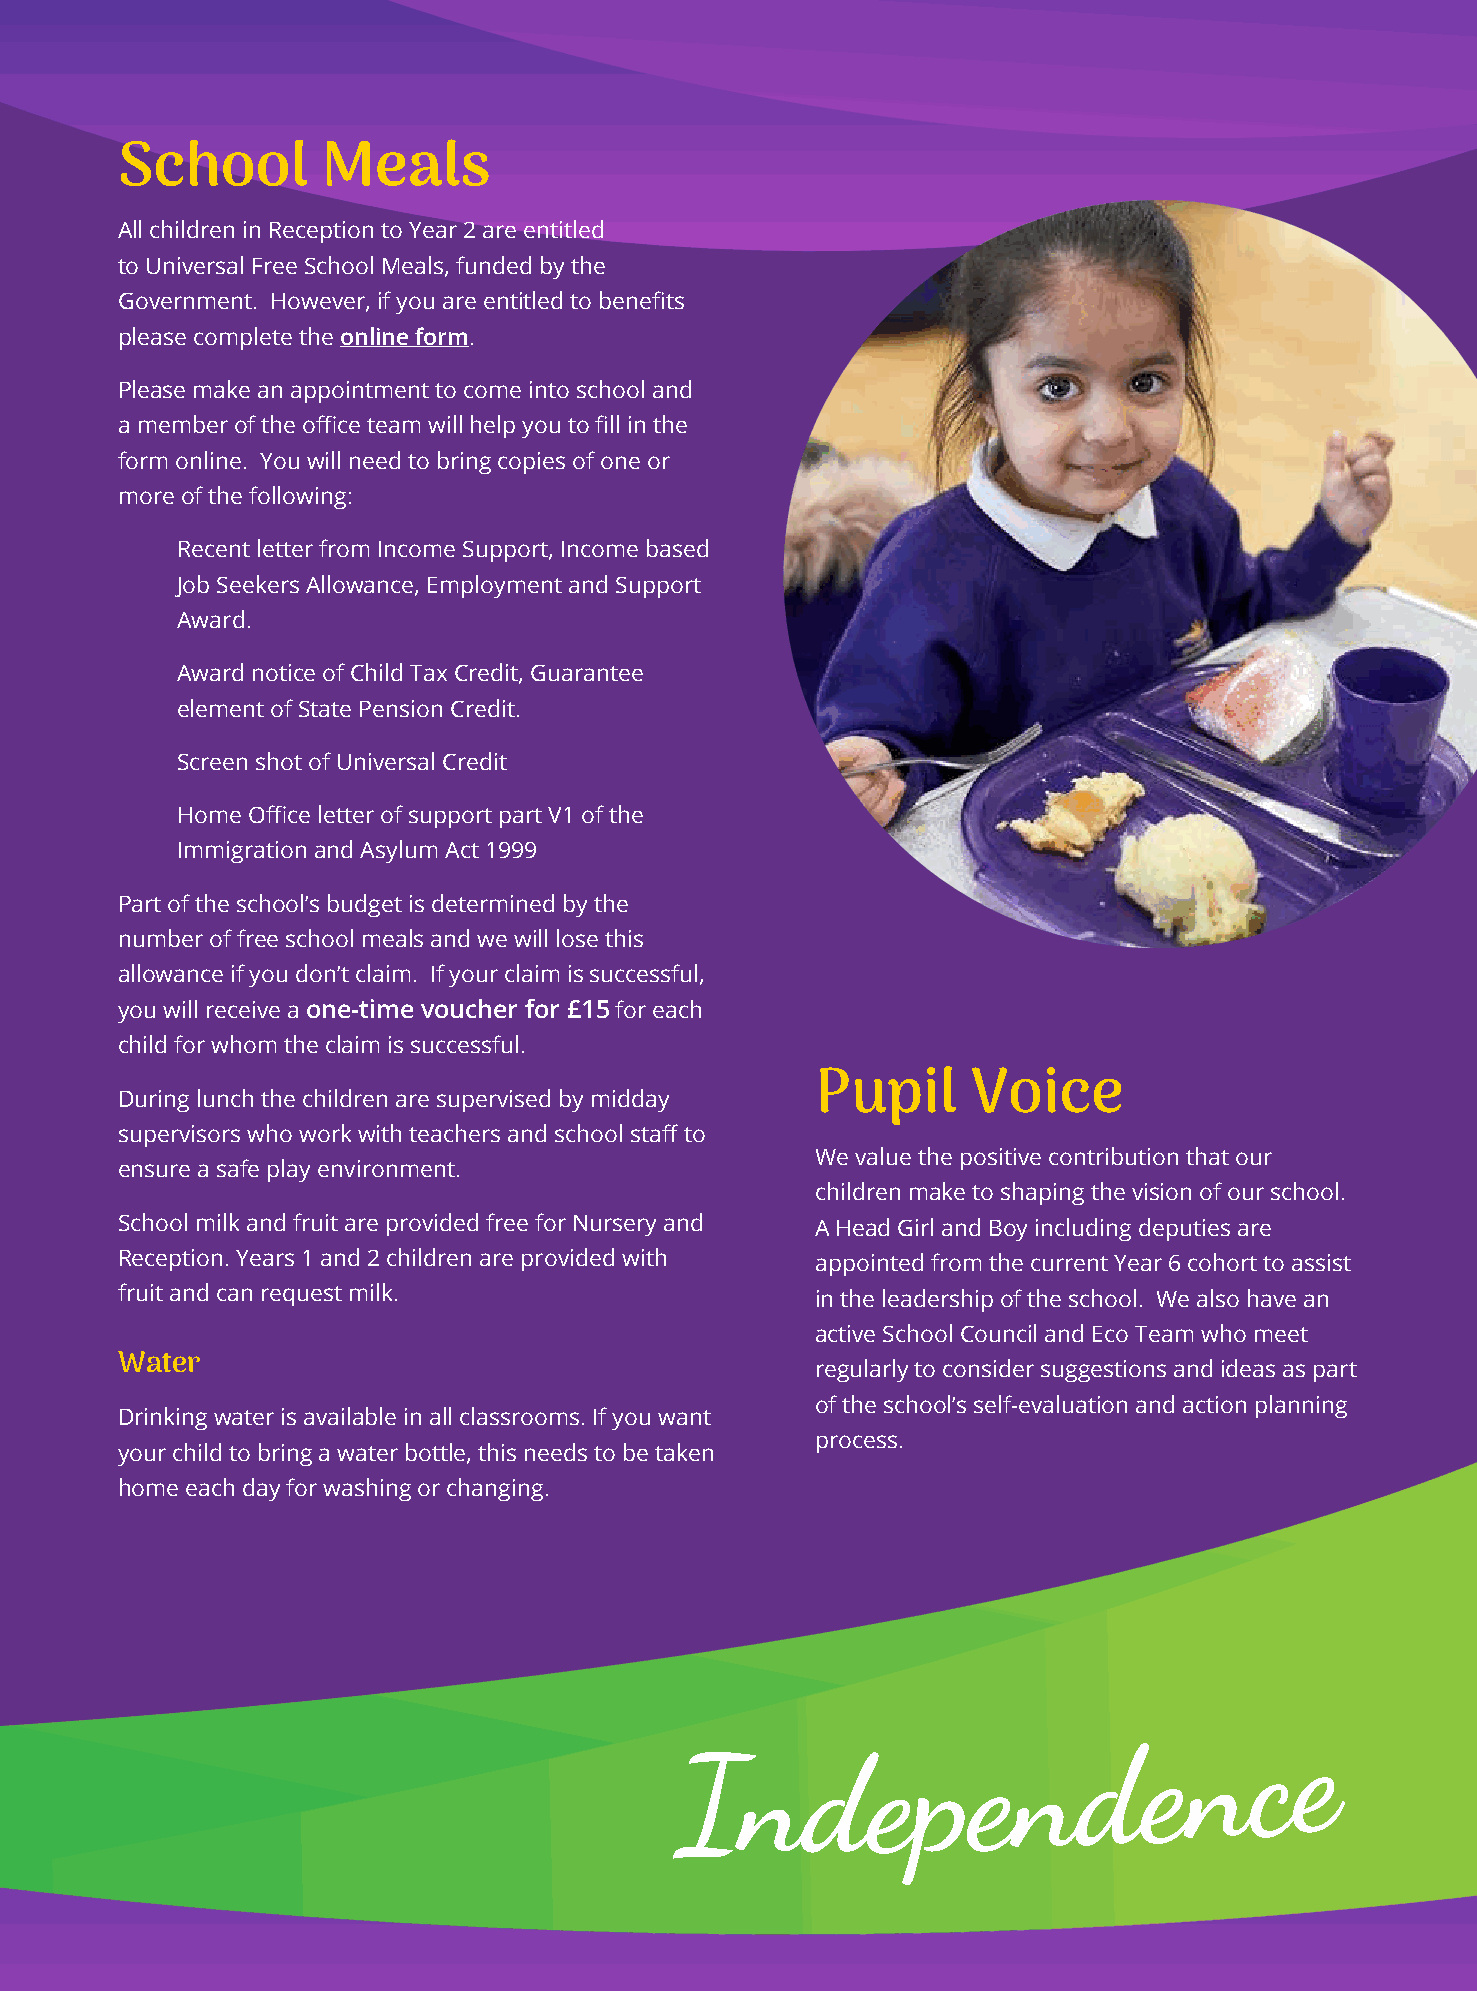
School       Meals
 All children in Reception to Year 2 are entitled
 to Universal Free School Meals, funded by the
 Government. However, if you are entitled to benefits
 please complete the online form.
 Please make an appointment to come into school and
 a member of the office team will help you to fill in the
 form online. You will need to bring copies of one or
 more of the following:
 Recent letter from Income Support, Income based
 Job Seekers Allowance, Employment and Support
 Award.
 Award notice of Child Tax Credit, Guarantee
 element of State Pension Credit.
 Screen shot of Universal Credit
 Home Office letter of support part V1 of the
 Immigration and Asylum Act 1999
 Part of the school’s budget is determined by the
 number of free school meals and we will lose this
 allowance if you don’t claim. If your claim is successful,
 you will receive a one-time voucher for £15 for each
 child for whom the claim is successful.
 Pupil     Voice
 During lunch the children are supervised by midday
 supervisors who work with teachers and school staff to
 We value the positive contribution that our
 ensure a safe play environment.
 children make to shaping the vision of our school.
 School milk and fruit are provided free for Nursery and A Head Girl and Boy including deputies are
 Reception. Years 1 and 2 children are provided with appointed from the current Year 6 cohort to assist
 fruit and can request milk.                   in the leadership of the school. We also have an
 active School Council and Eco Team who meet
 Water                                         regularly to consider suggestions and ideas as part
 of the school’s self-evaluation and action planning
 Drinking water is available in all classrooms. If you want
 process.
 your child to bring a water bottle, this needs to be taken
 home each day for washing or changing.
 Independ                       e  n   c  e
 10